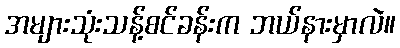
အများသုံးသန့်စင်ခန်းက ဘယ်နားမှာလဲ။